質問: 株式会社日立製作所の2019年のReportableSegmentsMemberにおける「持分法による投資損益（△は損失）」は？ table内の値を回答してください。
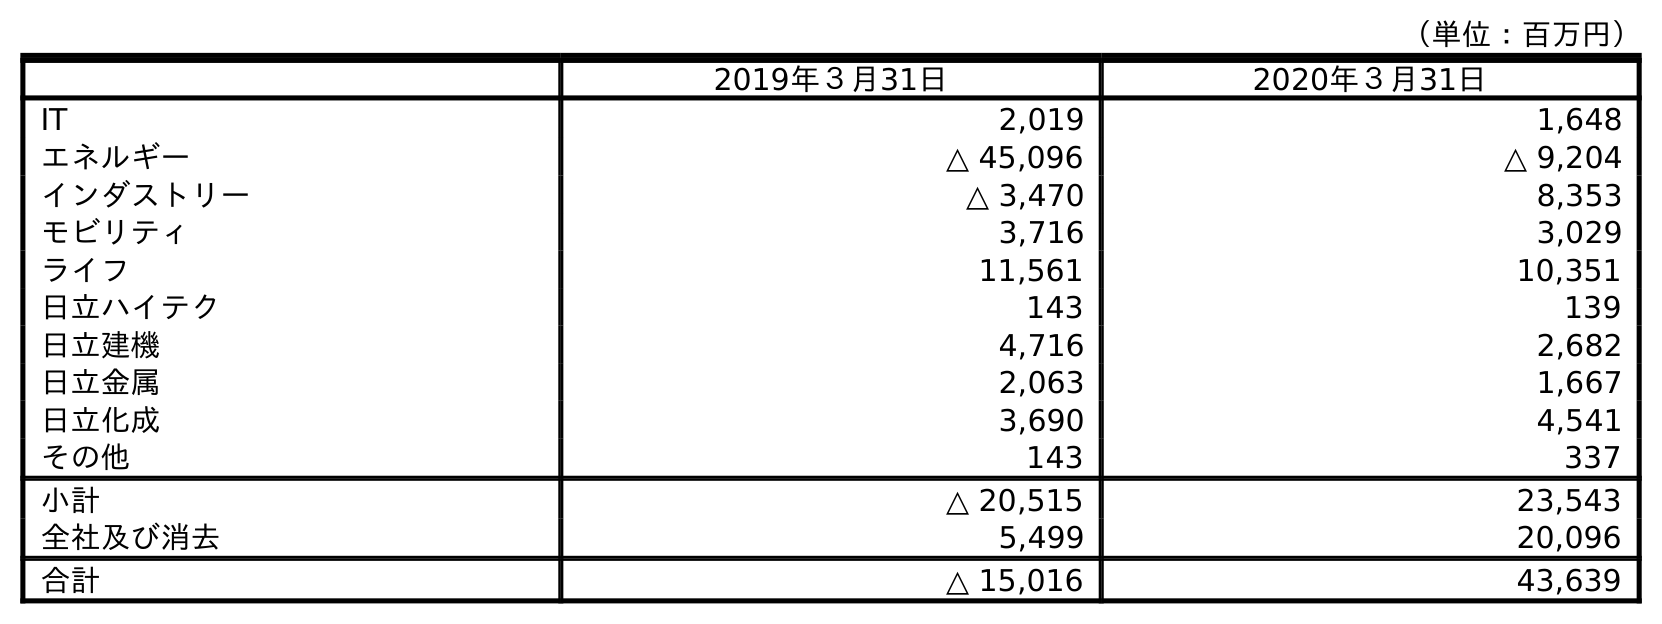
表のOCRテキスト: （単位：百万円） 2019年３月31日 2020年３月31日 IT 2,019 1,648 エネルギー △ 45,096 △ 9,204 インダストリー △ 3,470 8,353 モビリティ 3,716 3,029 ライフ 11,561 10,351 日立ハイテク 143 139 日立建機 4,716 2,682 日立金属 2,063 1,667 日立化成 3,690 4,541 その他 143 337 小計 △ 20,515 23,543 全社及び消去 5,499 20,096 合計 △ 15,016 43,639
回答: △20,515